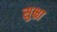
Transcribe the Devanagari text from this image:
सुभ्रा